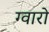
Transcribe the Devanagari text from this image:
ग्वारो